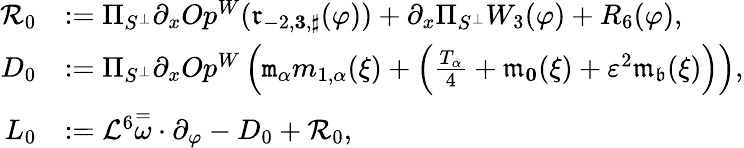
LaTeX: \begin{array}{rl}{\mathcal{R}_{0}}&{:=\Pi_{S^{\perp}}\partial_{x}Op^{W}(\mathfrak{r}_{-2,\le 3,\sharp}(\varphi))+\partial_{x}\Pi_{S^{\perp}}W_{3}(\varphi)+R_{6}(\varphi),}\\ {D_{0}}&{:=\Pi_{S^{\perp}}\partial_{x}Op^{W}\left(\mathtt{m}_{\alpha}m_{1,\alpha}(\xi)+\left(\frac{T_{\alpha}}4+\mathfrak{m}_{\le 0}(\xi)+\varepsilon^{2}\mathfrak{m}_{\mathfrak{b}}(\xi)\right)\right),}\\ {L_{0}}&{:=\mathcal{L}^{6}\overset=\omega\cdot\partial_{\varphi}-D_{0}+\mathcal{R}_{0},}\end{array}